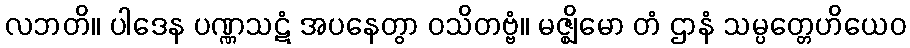
လဘတိ။ ပါဒေန ပဏ္ဏသဋံ အပနေတွာ ဝသိတဗ္ဗံ။ မဇ္ဈိမော တံ ဌာနံ သမ္ပတ္တေဟိယေဝ